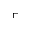
\ulcorner